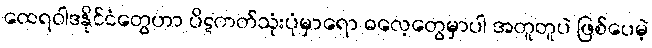
ထေရဝါဒနိုင်ငံတွေဟာ ပိဋကတ်သုံးပုံမှာရော ဓလေ့တွေမှာပါ အတူတူပဲ ဖြစ်ပေမဲ့